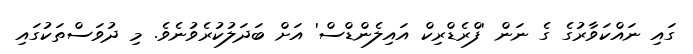
ގައި ނައްކަވާރުގެ ގެ ނަން 'ފްރެޑްރިކް އައިލެންޑްސް' އަށް ބަދަލުކުރެވުނެވެ. މި ދުވަސްތަކުގައި